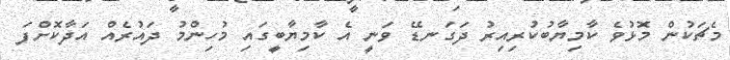
މެޗަކުން މޮޅުވެ ކާމިޔާބުކުރިއިރު ދަގަނޑޭ ވަނީ އެ ކާމިޔާބީގައި މުހިންމު ދައުރެއް އަދާކޮށްފަ